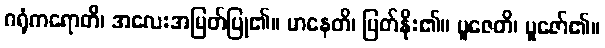
ဂရုံကရောတိ၊ အလေးအမြတ်ပြု၏။ မာနေတိ၊ မြတ်နိုး၏။ ပူဇေတိ၊ ပူဇော်၏။